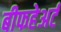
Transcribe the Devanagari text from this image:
बीफहेअर्ट